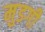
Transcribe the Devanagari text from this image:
मुडगी